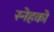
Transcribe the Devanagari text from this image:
स्नेहको